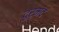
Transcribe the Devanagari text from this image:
दुर्मंद